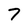
Character: 7